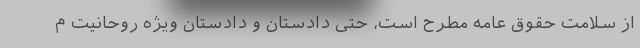
از سلامت حقوق عامه مطرح است، حتی دادستان و دادستان ویژه روحانیت م